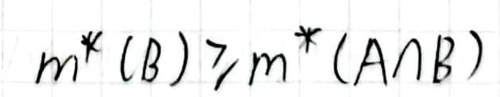
$m^*(B) \geq m^*(A \cap B)$